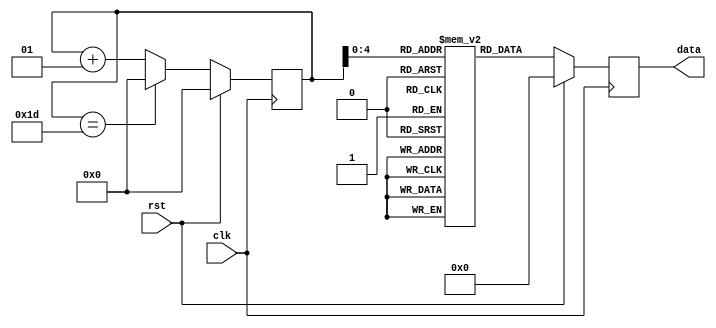
module sineLUT(clk, rst, data);
	input clk, rst;
	output reg[7:0] data;
	
	reg[7:0] sine_reg [0:29];
	integer i;
	
	initial begin
		i = 0;
		sine_reg[0] = 128;
		sine_reg[1] = 155;
		sine_reg[2] = 181;
		sine_reg[3] = 205;
		sine_reg[4] = 225;
		sine_reg[5] = 240;
		sine_reg[6] = 250;
		sine_reg[7] = 255;
		sine_reg[8] = 253;
		sine_reg[9] = 246;
		sine_reg[10] = 233;
		sine_reg[11] = 215;
		sine_reg[12] = 193;
		sine_reg[13] = 168;
		sine_reg[14] = 141;
		sine_reg[15] = 114;
		sine_reg[16] = 87;
		sine_reg[17] = 62;
		sine_reg[18] = 40;
		sine_reg[19] = 22;
		sine_reg[20] = 9;
		sine_reg[21] = 2;
		sine_reg[22] = 0;
		sine_reg[23] = 5;
		sine_reg[24] = 15;
		sine_reg[25] = 30;
		sine_reg[26] = 50;
		sine_reg[27] = 74;
		sine_reg[28] = 100;
		sine_reg[29] = 128;
	end
	
	always @(posedge clk) begin
		if(rst == 1)begin
			i = 0;
			data <= 0;
		end
		else begin
			data <= sine_reg[i];
			if(i == 29)
				i = 0;
			else
				i = i + 1;
		end
		
	end
	
	
	
endmodule